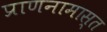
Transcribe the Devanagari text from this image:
प्राणनामास्त